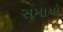
સમાયો